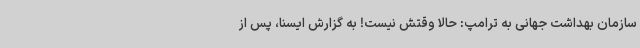
سازمان بهداشت جهانی به ترامپ: حالا وقتش نیست! به گزارش ایسنا، پس از